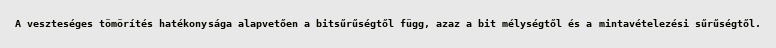
A veszteséges tömörítés hatékonysága alapvetően a bitsűrűségtől függ, azaz a bit mélységtől és a mintavételezési sűrűségtől.